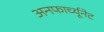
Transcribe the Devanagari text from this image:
अनफार्च्यूनेट